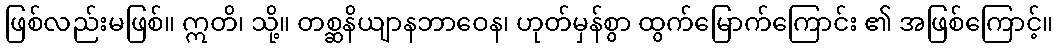
ဖြစ်လည်းမဖြစ်။ ဣတိ၊ သို့။ တစ္ဆနိယျာနဘာဝေန၊ ဟုတ်မှန်စွာ ထွက်မြောက်ကြောင်း ၏ အဖြစ်ကြောင့်။